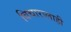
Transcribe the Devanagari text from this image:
विचारालाही